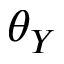
\theta _ { Y }